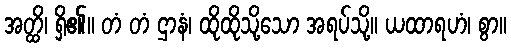
အတ္ထိ၊ ရှိ၏။ တံ တံ ဌာနံ၊ ထိုထိုသို့သော အရပ်သို့။ ယထာရဟံ၊ စွာ။